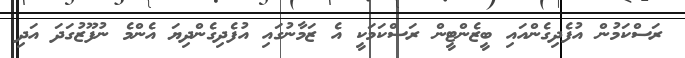
ރަސްކަމުން އުފެދިގެންއައި ބީޒެންޓީން ރަސްކަމަކީ އެ ޒަމާނުގައި އުފެދިގެންދިޔަ އެންމެ ނުފޫޒުގަދަ އަދި